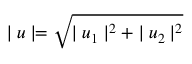
\mid u \mid = \sqrt { \mid u _ { 1 } \mid ^ { 2 } + \mid u _ { 2 } \mid ^ { 2 } }